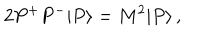
LaTeX: 2 P ^ { + } P ^ { - } | P \rangle = M ^ { 2 } | P \rangle \, ,